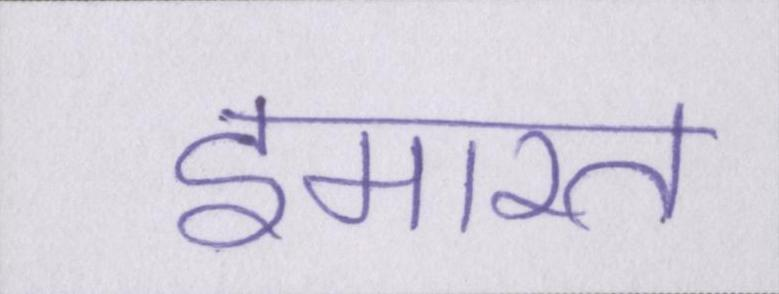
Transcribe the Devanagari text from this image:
इमारत